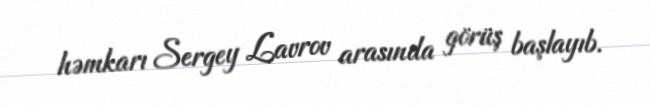
həmkarı Sergey Lavrov arasında görüş başlayıb.